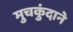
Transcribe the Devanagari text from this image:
मुचकुंदाने